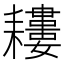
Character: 𦔪